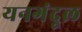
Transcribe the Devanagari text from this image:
यनगंदूल